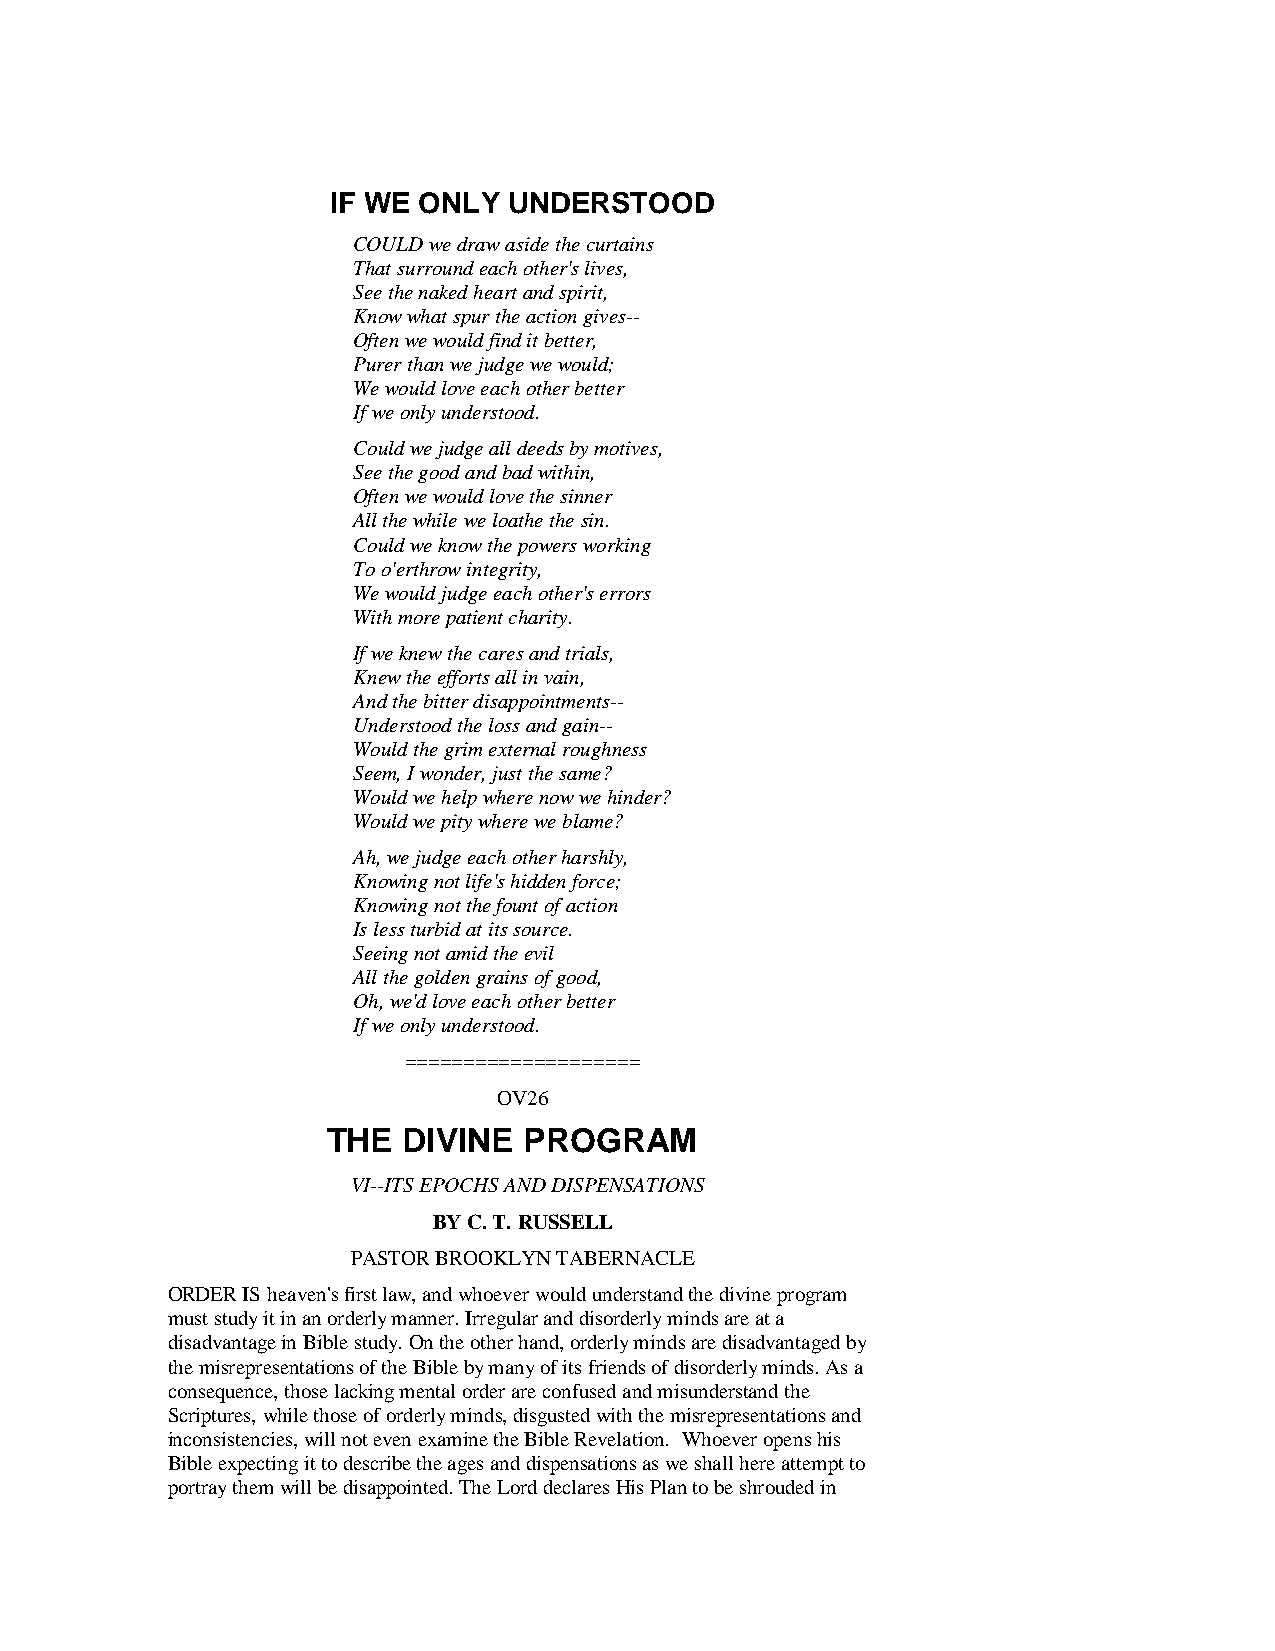
IF WE ONLY  UNDERSTOOD
 COULD we draw aside the curtains
 That surround each other's lives,
 See the naked heart and spirit,
 Know what spur the action gives--
 Often we would find it better,
 Purer than we judge we would;
 We would love each other better
 If we only understood.
 Could we judge all deeds by motives,
 See the good and bad within,
 Often we would love the sinner
 All the while we loathe the sin.
 Could we know the powers working
 To o'erthrow integrity,
 We would judge each other's errors
 With more patient charity.
 If we knew the cares and trials,
 Knew the efforts all in vain,
 And the bitter disappointments--
 Understood the loss and gain--
 Would the grim external roughness
 Seem, I wonder, just the same?
 Would we help where now we hinder?
 Would we pity where we blame?
 Ah, we judge each other harshly,
 Knowing not life's hidden force;
 Knowing not the fount of action
 Is less turbid at its source.
 Seeing not amid the evil
 All the golden grains of good,
 Oh, we'd love each other better
 If we only understood.
 ====================
 OV26
 THE  DIVINE  PROGRAM
 VI--ITS EPOCHS AND DISPENSATIONS
 BY C. T. RUSSELL
 PASTOR BROOKLYN TABERNACLE
 ORDER IS heaven's first law, and whoever would understand the divine program
 must study it in an orderly manner. Irregular and disorderly minds are at a
 disadvantage in Bible study. On the other hand, orderly minds are disadvantaged by
 the misrepresentations of the Bible by many of its friends of disorderly minds. As a
 consequence, those lacking mental order are confused and misunderstand the
 Scriptures, while those of orderly minds, disgusted with the misrepresentations and
 inconsistencies, will not even examine the Bible Revelation. Whoever opens his
 Bible expecting it to describe the ages and dispensations as we shall here attempt to
 portray them will be disappointed. The Lord declares His Plan to be shrouded in